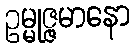
ဥမ္မုဇ္ဇမာနော